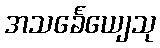
အသင်္ခေယျေသု